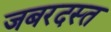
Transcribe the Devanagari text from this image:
जबरदस्त